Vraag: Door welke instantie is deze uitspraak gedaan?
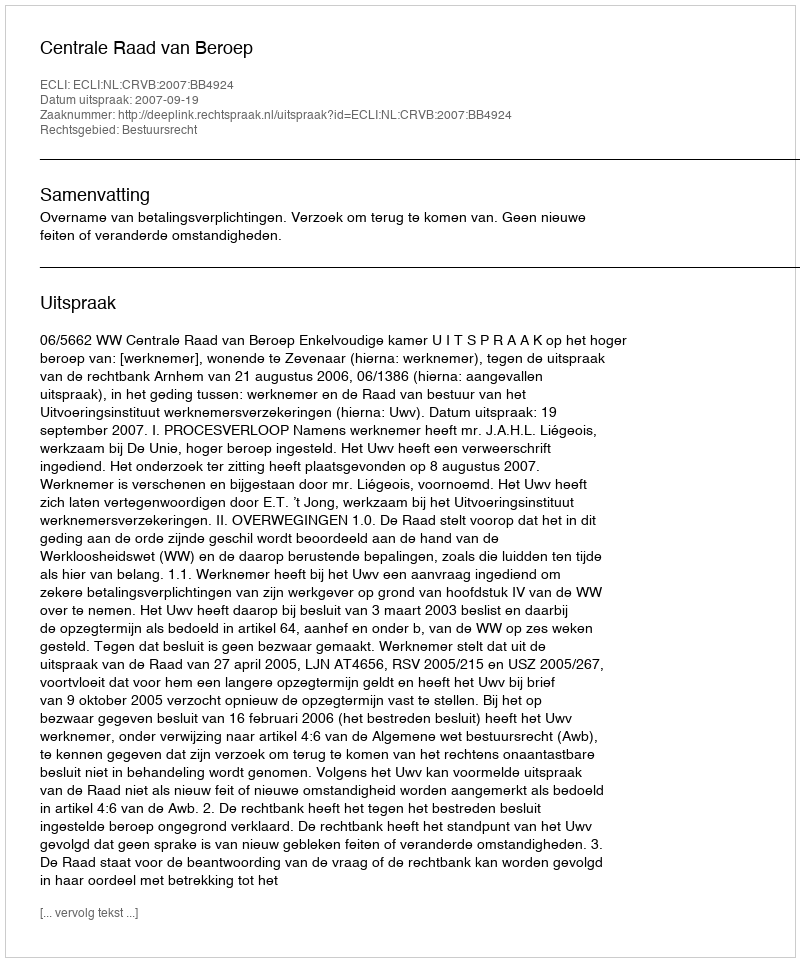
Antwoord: Centrale Raad van Beroep